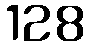
128